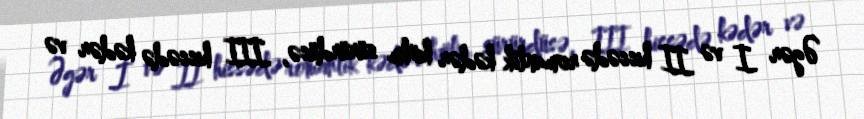
Əgər I və II hissədə romantik kədər hökm sürürdüsə, III hissədə kədər və